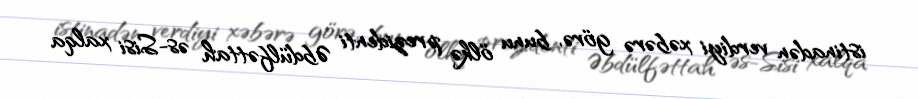
istinadən verdiyi xəbərə görə, bunu ölkə prezidenti Əbdülfəttah əs-Sisi xalqa